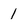
Character: 1